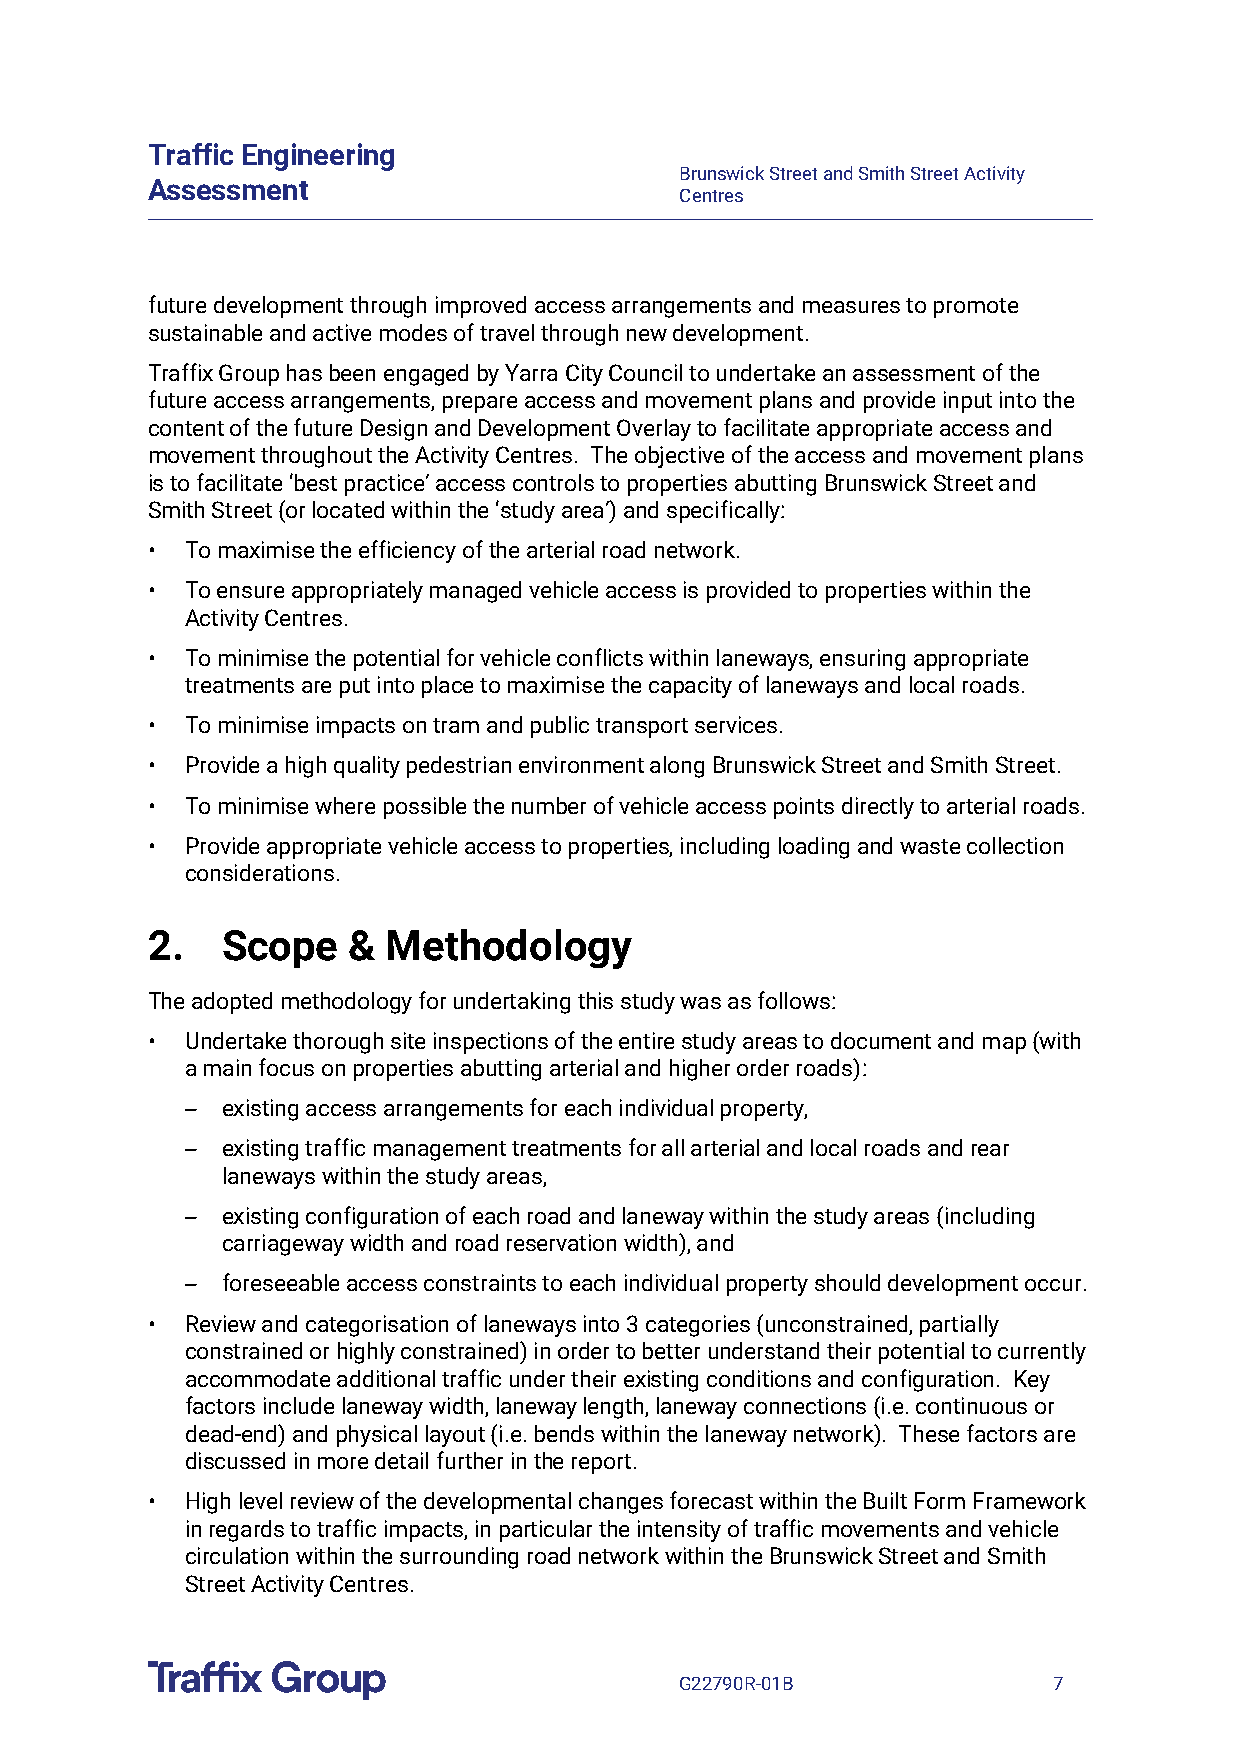
Traffic Engineering
 Brunswick Street and Smith Street Activity
 Assessment
 Centres
 future development through improved access arrangements and measures to promote
 sustainable and active modes of travel through new development.
 Traffix Group has been engaged by Yarra City Council to undertake an assessment of the
 future access arrangements, prepare access and movement plans and provide input into the
 content of the future Design and Development Overlay to facilitate appropriate access and
 movement throughout the Activity Centres. The objective of the access and movement plans
 is to facilitate ‘best practice’ access controls to properties abutting Brunswick Street and
 Smith Street (or located within the ‘study area’) and specifically:
 • To maximise the efficiency of the arterial road network.
 • To ensure appropriately managed vehicle access is provided to properties within the
 Activity Centres.
 • To minimise the potential for vehicle conflicts within laneways, ensuring appropriate
 treatments are put into place to maximise the capacity of laneways and local roads.
 • To minimise impacts on tram and public transport services.
 • Provide a high quality pedestrian environment along Brunswick Street and Smith Street.
 • To minimise where possible the number of vehicle access points directly to arterial roads.
 • Provide appropriate vehicle access to properties, including loading and waste collection
 considerations.
 2.   Scope   &  Methodology
 The adopted methodology for undertaking this study was as follows:
 • Undertake thorough site inspections of the entire study areas to document and map (with
 a main focus on properties abutting arterial and higher order roads):
 –  existing access arrangements for each individual property,
 –  existing traffic management treatments for all arterial and local roads and rear
 laneways within the study areas,
 –  existing configuration of each road and laneway within the study areas (including
 carriageway width and road reservation width), and
 –  foreseeable access constraints to each individual property should development occur.
 • Review and categorisation of laneways into 3 categories (unconstrained, partially
 constrained or highly constrained) in order to better understand their potential to currently
 accommodate additional traffic under their existing conditions and configuration. Key
 factors include laneway width, laneway length, laneway connections (i.e. continuous or
 dead-end) and physical layout (i.e. bends within the laneway network). These factors are
 discussed in more detail further in the report.
 • High level review of the developmental changes forecast within the Built Form Framework
 in regards to traffic impacts, in particular the intensity of traffic movements and vehicle
 circulation within the surrounding road network within the Brunswick Street and Smith
 Street Activity Centres.
 G22790R-01B              7